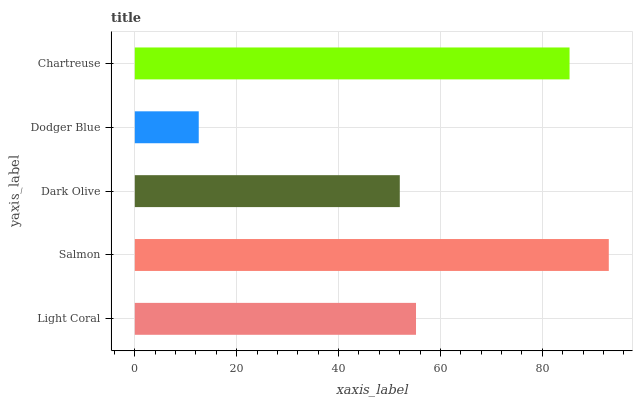
| yaxis_label | bars |
 | --- | --- |
 | Light Coral | 55.2 |
 | Salmon | 93.1 |
 | Dark Olive | 52 |
 | Dodger Blue | 12.6 |
 | Chartreuse | 85.4 |